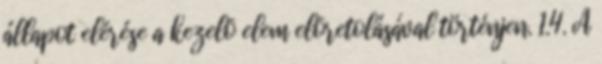
állapot elérése a kezelõ elem elõretolásával történjen. 1.4. A